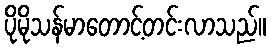
ပိုမိုသန်မာတောင့်တင်းလာသည်။